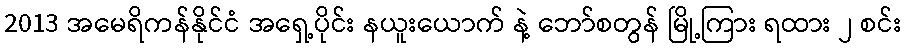
2013 အမေရိကန်နိုင်ငံ အရှေ့ပိုင်း နယူးယောက် နဲ့ ဘော်စတွန် မြို့ကြား ရထား ၂ စင်း